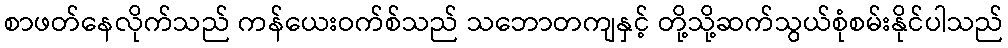
စာဖတ်နေလိုက်သည် ကန်ယေးဝက်စ်သည် သဘောတကျနှင့် တို့သို့ဆက်သွယ်စုံစမ်းနိုင်ပါသည်